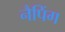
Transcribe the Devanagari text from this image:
नैपिंग